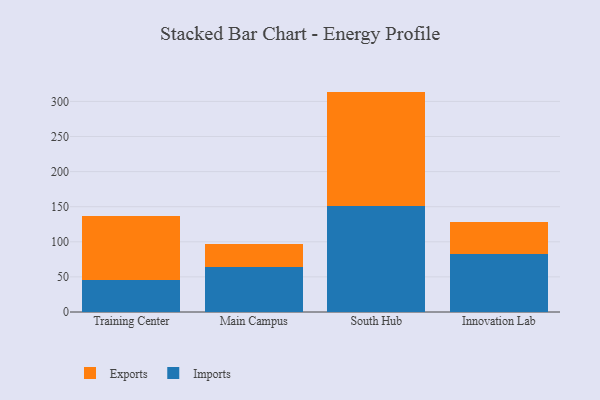
{"axis": {"x": "Campus", "y": "Satisfaction Score"}, "legend": ["Exports", "Imports"], "data": [{"x": "Training Center", "y": 46.1, "type": "Imports"}, {"x": "Training Center", "y": 91.0, "type": "Exports"}, {"x": "Main Campus", "y": 63.6, "type": "Imports"}, {"x": "Main Campus", "y": 33.4, "type": "Exports"}, {"x": "South Hub", "y": 151.7, "type": "Imports"}, {"x": "South Hub", "y": 162.3, "type": "Exports"}, {"x": "Innovation Lab", "y": 82.8, "type": "Imports"}, {"x": "Innovation Lab", "y": 45.3, "type": "Exports"}]}